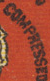
COMPRESSED